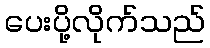
ပေးပို့လိုက်သည်